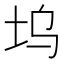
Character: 坞